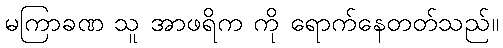
မကြာခဏ သူ အာဖရိက ကို ရောက်နေတတ်သည်။